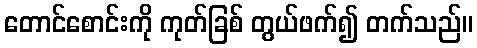
တောင်စောင်းကို ကုတ်ခြစ် တွယ်ဖက်၍ တက်သည်။